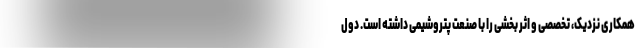
همکاری نزدیک، تخصصی و اثر بخشی را با صنعت پتروشیمی داشته است. دول